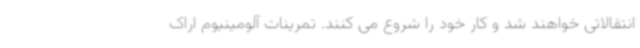
انتقالاتی خواهند شد و کار خود را شروع می کنند. تمرینات آلومینیوم اراک